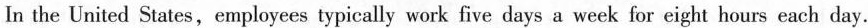
In the United States,employees typically work five days a week for eight hours each day.